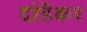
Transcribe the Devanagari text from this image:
दांडॆकर